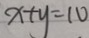
x + y = 1 0